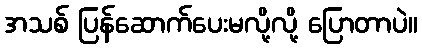
အသစ် ပြန်ဆောက်ပေးမလို့လို့ ပြောတာပဲ။